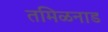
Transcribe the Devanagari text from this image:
तमिळनाड